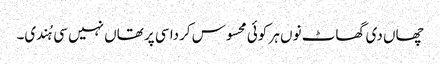
چھاں دی گھاٹ نوں ہر کوئی محسوس کردا سی پر تھاں نہیں سی ہُندی۔